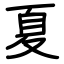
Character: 夏